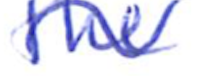
Text: the
Cross-out: wave
Writing tool: ballpoint